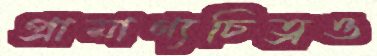
প্রামাণ্যচিত্রও